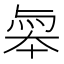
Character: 𠦮